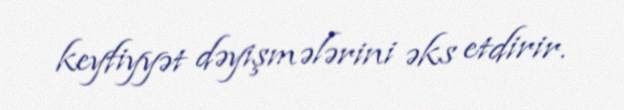
keyfiyyət dəyişmələrini əks etdirir.